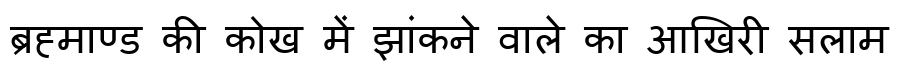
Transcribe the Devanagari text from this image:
ब्रह्माण्ड की कोख में झांकने वाले का आखिरी सलाम